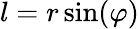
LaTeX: l=r\sin(\varphi)